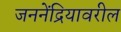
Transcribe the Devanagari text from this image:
जननेंद्रियावरील